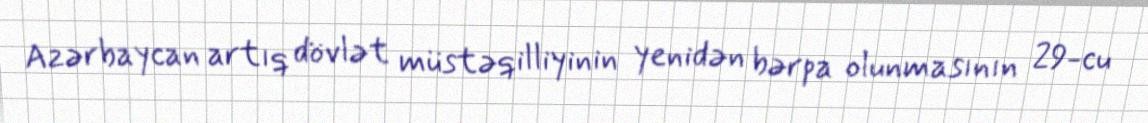
Azərbaycan artıq dövlət müstəqilliyinin yenidən bərpa olunmasının 29-cu